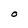
Character: O